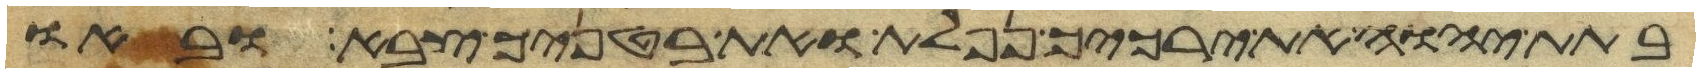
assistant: בתת יהוה את ירכיך נפלת ואת בטניך צבא ובאו